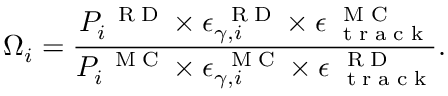
{ \Omega } _ { i } = \frac { P _ { i } ^ { \mathrm { ~ \tiny ~ R ~ D ~ } } \times \epsilon _ { \gamma , i } ^ { \mathrm { ~ \tiny ~ R ~ D ~ } } \times \epsilon _ { \mathrm { ~ \tiny ~ t ~ r ~ a ~ c ~ k ~ } } ^ { \mathrm { ~ \tiny ~ M ~ C ~ } } } { { P _ { i } ^ { \mathrm { ~ \tiny ~ M ~ C ~ } } } \times { \epsilon _ { \gamma , i } ^ { { \mathrm { ~ \tiny ~ M ~ C ~ } } } } \times \epsilon _ { \mathrm { ~ \tiny ~ t ~ r ~ a ~ c ~ k ~ } } ^ { \mathrm { ~ \tiny ~ R ~ D ~ } } } .